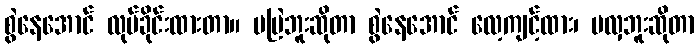
စွဲနေအောင် လုပ်ခိုင်းထားတာ။ မမြဲဘူးဆိုတာ စွဲနေအောင် လေ့ကျင့်ထား၊ မလှဘူးဆိုတာ